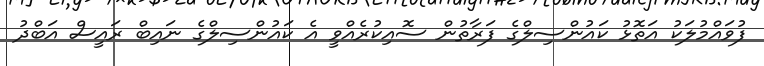
ފުވައްމުލަކު އަތޮޅު ކައުންސިލްގެ ފަރާތުން ސޮއިކުރެއްވީ އެ ކައުންސިލްގެ ނައިބް ރައީސް އަބްދު